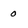
Character: o